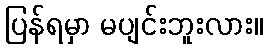
ပြန်ရမှာ မပျင်းဘူးလား။